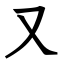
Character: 又